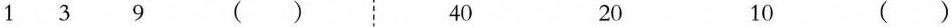
1 3 9 （）40 20 10 （）